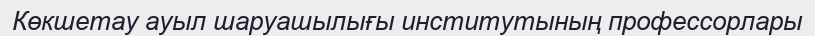
Көкшетау ауыл шаруашылығы институтының профессорлары